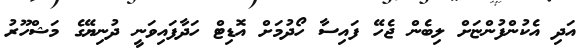
އަދި އެކުންފުންޏަށް ލިބެން ޖެހޭ ފައިސާ ހޯދުމަށް އޮޑިޓް ހަދާފައިވަނީ ދުނިޔޭގެ މަޝްހޫރު